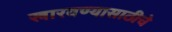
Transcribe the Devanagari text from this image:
खारवण्यासाठीचे